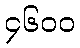
၄၆၀၀